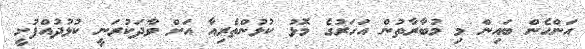
އަންހެން ބައިން މި މުބާރާތުން އަހަރުގެ މޮޅު ކުޅުންތެރިއާ އަށް ވާދަކުރަނީ ކުޅުދުއްފުށީ